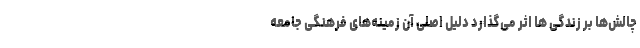
چالش‌ها بر زندگی ها اثر می‌گذارد دلیل اصلی آن زمینه‌های فرهنگی جامعه